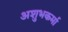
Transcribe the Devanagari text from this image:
अशुभकर्मा